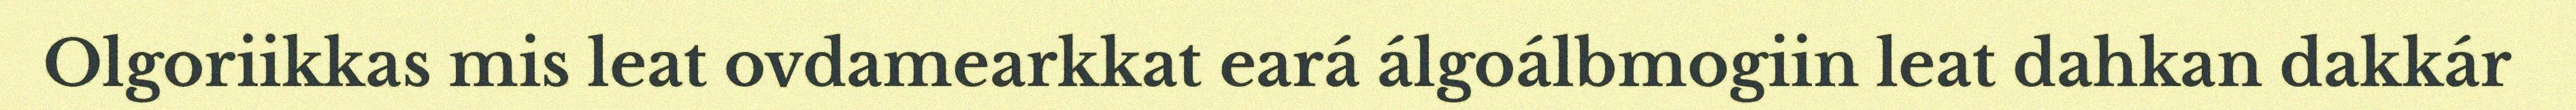
Olgoriikkas mis leat ovdamearkkat eará álgoálbmogiin leat dahkan dakkár